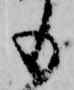
も